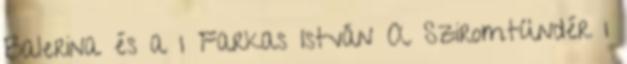
Balerina és a 1 Farkas István A Sziromtündér 1